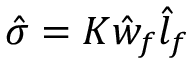
\hat { \sigma } = K \hat { w } _ { f } \hat { l } _ { f }